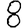
Digit: 8